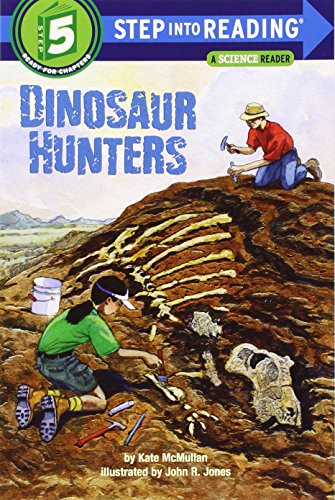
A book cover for Dinosaur Hunters (Step into Reading); Kate McMullan; Children's Books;